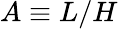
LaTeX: A\equiv L/H